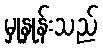
မှုနှုန်းသည်